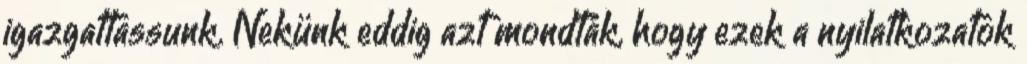
igazgattassunk. Nekünk eddig azt mondták, hogy ezek a nyilatkozatok